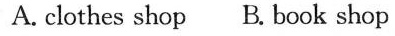
A. clothes shop B. book shop